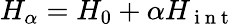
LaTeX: H_{\alpha}=H_{0}+\alpha H_{\mathrm{~i~n~t~}}